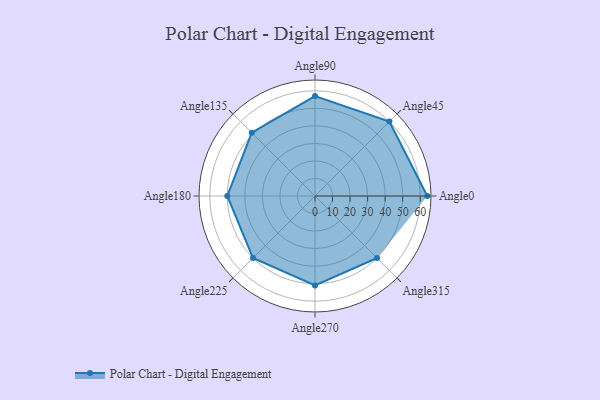
{"axis": {"x": "Angle", "y": "Radius"}, "legend": [""], "data": [{"x": "Angle0", "y": 64.0, "type": ""}, {"x": "Angle45", "y": 60.0, "type": ""}, {"x": "Angle90", "y": 57.0, "type": ""}, {"x": "Angle135", "y": 51.0, "type": ""}, {"x": "Angle180", "y": 50, "type": ""}, {"x": "Angle225", "y": 50, "type": ""}, {"x": "Angle270", "y": 51.0, "type": ""}, {"x": "Angle315", "y": 50, "type": ""}]}